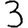
Digit: 3